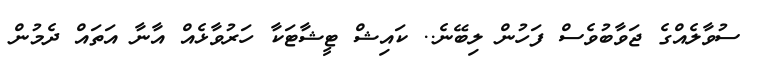
ސުވާލެއްގެ ޖަވާބުވެސް ފަހުން ލިބޭނެ.. ކައިޝް ޓީޝާޓަކާ ހަރުވާޅެއް އާނާ އަތައް ދެމުން